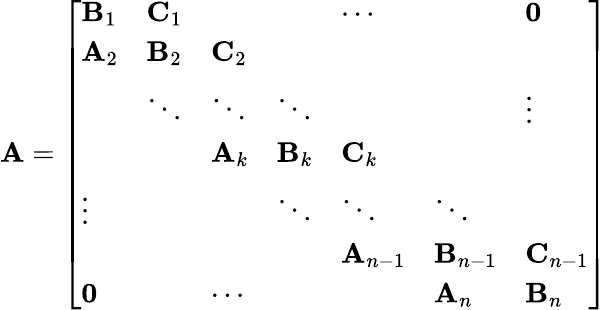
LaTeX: \mathbf{A}={\left[\begin{array}{lllllll}{\mathbf{B}_{1}}&{\mathbf{C}_{1}}&&&{\cdots}&&{\mathbf{0}}\\ {\mathbf{A}_{2}}&{\mathbf{B}_{2}}&{\mathbf{C}_{2}}&&&&\\ &{\ddots}&{\ddots}&{\ddots}&&&{\vdots}\\ &&{\mathbf{A}_{k}}&{\mathbf{B}_{k}}&{\mathbf{C}_{k}}&&\\ {\vdots}&&&{\ddots}&{\ddots}&{\ddots}&\\ &&&&{\mathbf{A}_{n-1}}&{\mathbf{B}_{n-1}}&{\mathbf{C}_{n-1}}\\ {\mathbf{0}}&&{\cdots}&&&{\mathbf{A}_{n}}&{\mathbf{B}_{n}}\end{array}\right]}